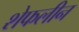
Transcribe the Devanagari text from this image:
शेफलीन